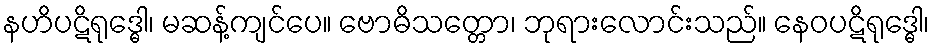
နဟိပဋိရုဒ္ဓေါ၊ မဆန့်ကျင်ပေ။ ဗောဓိသတ္တော၊ ဘုရားလောင်းသည်။ နေဝပဋိရုဒ္ဓေါ၊